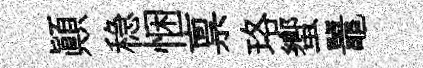
顚稳悃禀珞蠁鼉